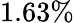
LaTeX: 1.63\%